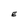
Character: E